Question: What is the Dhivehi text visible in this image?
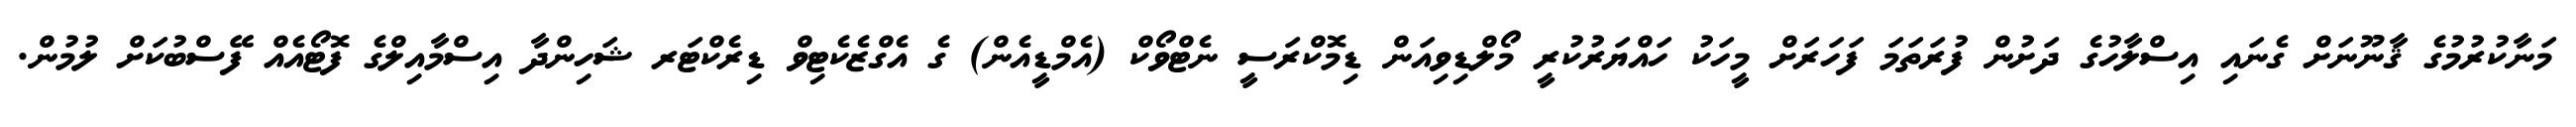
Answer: މަނާކުރުމުގެ ޤާނޫނަށް ގެނައި އިސްލާހުގެ ދަށުން ފުރަތަމަ ފަހަރަށް މީހަކު ހައްޔަރުކުރީ މޯލްޑިވިއަން ޑިމޮކްރަސީ ނެޓްވޯކް (އެމްޑީއެން) ގެ އެގްޒެކެޓިވް ޑިރެކްޓަރ ޝަހިންދާ އިސްމާއިލްގެ ފޮޓޯއެއް ފޭސްބުކަށް ލުމުން.